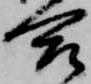
合